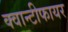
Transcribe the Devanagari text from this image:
क्वान्टीफायर